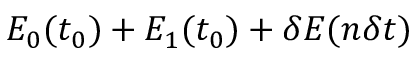
E _ { 0 } ( t _ { 0 } ) + E _ { 1 } ( t _ { 0 } ) + \delta E ( n \delta t )